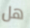
هل